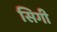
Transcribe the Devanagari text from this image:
सिगी